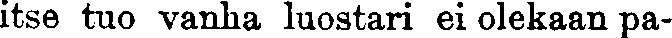
itse tuo vanha luostari ei olekaan pa-